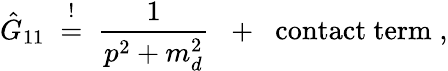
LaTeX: \hat{G}_{11}\; \stackrel{!}{=}\; \frac{1}{p^{2}+m_{d}^{2}}\; \; +\; \; \mathrm{contact~term}\; ,